Vaccination United Provinces of Agra and Oudh 1914-1922 - 1914-1922
Year: 1914
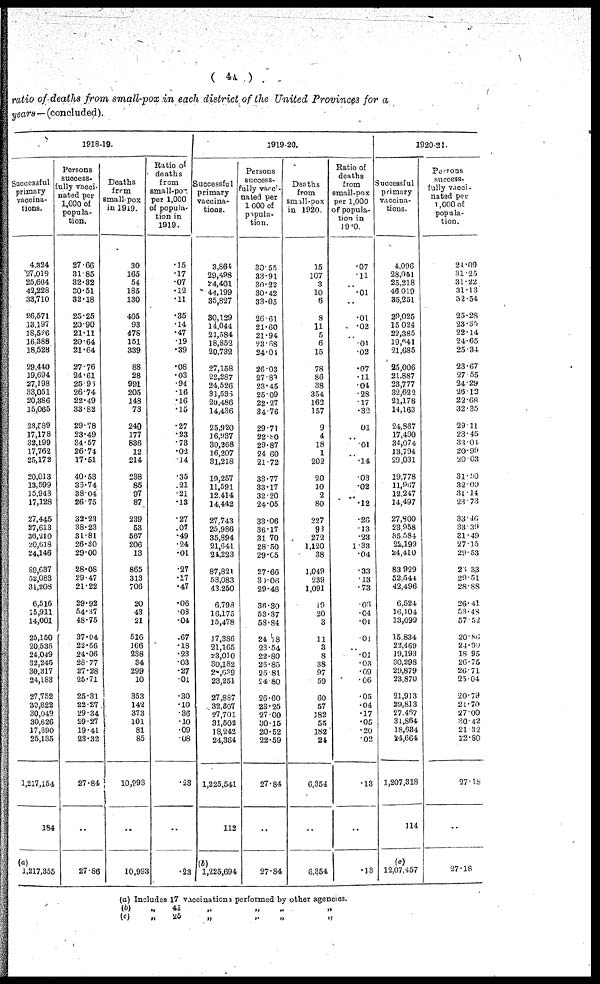
( 4A )
ratio of deaths from, small-pox in each district of the United Provinces for a
years — (concluded).
1918-19.
Successful
primary
vaccina-
tions.
4,324
27,019
25,604
42,228
33,710
26,571
13,197
18,526
16,388
18,528
29,440
19,694
27,198
33,051
20,386
15,065
28,539
17,178
32,199
17,762
25,172
20,013
13,599
16,943
17,128
27,445
27,613
36,210
20,618
24,146
69,637
31,083
31,208
6,516
15,911
14,001
25,150
20,538
24,049
32,246
30,317
24,183
27,752
30,822
30,049
30,626
17,390
25,135
1,217,154
184
(a)
1,217,355
Persons
success-
ully vacci-
nated per
1,000 of
popula-
tion.
27.66
31.85
32.32
30.51
32.18
23.26
20.90
21.11
20.64
21.64
27.76
24.61
25.95
26.74
22.49
33.82
29.78
23.49
34.57
26.74
17.51
40.53
35.74
38.04
26.75
33.23
38.23
31.81
26.80
29.00
28.08
29.47
21.22
29.92
54.37
48.75
37.04
22.66
24.06
28.77
27.28
25.71
25.31
22.27
29.34
29.27
19.41
23.32
27.84
..
27.88
Deaths
from
small-pox
in 19l9.
30
165
54
185
130
405
93
478
151
339
88
28
991
205
148
73
240
177
836
12
214
238
86
97
87
239
53
587
206
13
865
313
708
20
43
21
510
166
238
34
299
10
353
142
373
101
31
85
10,893
..
10,993
Ratio of
deaths
from
small-pox
per 1,000
of popula-
tion in
1919.
.15
.17
.07
.12
.11
.35
.14
.47
.19
.39
.08
.03
.94
.16
.16
.15
.27
.23
.73
.02
14
.35
.21
.21
.13
.27
.07
.49
.24
.01
.27
.17
.47
.06
.03
.04
.67
.18
.23
.03
.27
.01
.30
.10
.36
.10
.09
.08
.23
..
.23
1919-20.
successful
primary
vaccina-
tions.
3,661
29,498
24,401
44,199
35,827
30,129
14,044
21,584
18,852
20,732
27,158
22,287
24,526
31,635
20,486
14,436
25,920
16,937
30,368
16,207
31,218
10,257
11,591
12,414
14,442
27,743
25,986
35,894
21,641
24,223
87,821
53,083
43,250
6,798
16,175
15,478
17,366
21,165
23,010
30,182
25,639
23,251
27,887
32,307
27,701
31,502
18,242
24,364
1,225,541
112
(b)
1,225,694
Persons
success-
fully vacci-
nated per
1,000 of
popula-
tion.
30.55
33.91
30.22
30.42
33.05
26.61
21.60
21.94
23.68
24.01
26.03
27.82
23.45
25.09
22.27
34.76
29.71
22.80
29.87
24.60
21.72
33.77
33.17
32.20
24.05
33.06
36.17
31.70
28.50
29.65
27.66
30.06
29.48
36.30
53.37
58.34
24.18
23.54
22.80
26.85
25.81
24.80
26.60
23.25
27.00
30.15
20.52
22.59
27.84
..
27.84
Deaths
from
small-pox
in 1920
15
107
3
10
6
3
11
5
6
15
78
86
38
354
162
157
9
4
18
1
202
20
10
2
80
227
93
272
1,120
38
1,049
239
1,091
19
20
3
11
3
3
38
97
59
60
57
182
55
182
24
6,354
..
6,354
Ratio of
deaths
from
small-pox
per 1,000
of popula-
tion in
1920.
.07
.11
..
.01
..
.01
.02
.01
.02
.07
.11
.04
.28
.17
.32
.01
..
.01
..
.14
.03
.02
..
.12
.26
.13
.23
1.33
.04
.33
.13
.73
.06
.04
.01
.01
.01
.03
.09
.06
.05
.04
.17
.05
.20
.02
.13
..
.13
1920-21.
Successful
primary
vaccina-
tions.
4,096
28,051
25,218
46,019
35,251
29,026
15,024
22,385
19,641
21,685
25,006
21,887
23,777
32,622
21,176
14,163
24,867
17,490
34,074
13,794
29,031
19,778
11,867
12,247
14,497
27,800
23,958
35,534
22,199
24,410
83,929
52,544
42,496
6,524
16,104
13,099
15,834
22,469
19,193
30,298
29,879
23,870
21,913
22,813
27,467
31,364
18,634
24,664
1,207,318
114
(c)
12,07,457
Persons
success-
fully vacci-
nated per
1,000 of
popula-
tion.
24.09
31.25
31.22
31.13
32.54
25.28
23.36
22.14
24.65
25.34
23.67
27.55
24.29
26.12
22.68
32.36
29.11
23.45
33.01
20.99
20.03
31.00
32.00
31.14
28.73
33.46
33.39
31.49
27.15
29.53
29.33
29.51
28.88
26.41
58.45
57.52
20.80
21.00
18.95
26.75
26.71
25.04
20.79
21.70
27.00
30.42
21.32
22.80
27 .18
..
27.18
(a) Includes 17 vaccinations performed by other agencies.
(b)
„
41
(c)
„
25
„
„
„
„